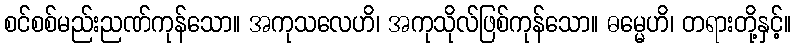
စင်စစ်မည်းညဏ်ကုန်သော။ အကုသလေဟိ၊ အကုသိုလ်ဖြစ်ကုန်သော။ ဓမ္မေဟိ၊ တရားတို့နှင့်။